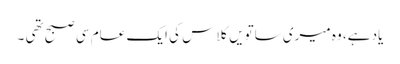
یاد ہے، وہ میری ساتویں کلاس کی ایک عام سی صبح تھی ۔